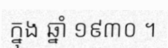
ក្នុង ឆ្នាំ ១៩៣០ ។